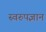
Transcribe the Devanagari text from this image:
स्वरुपज्ञान